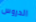
الدروس